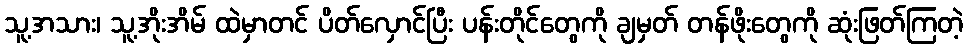
သူ့အသား၊ သူ့အိုးအိမ် ထဲမှာတင် ပိတ်လှောင်ပြီး ပန်းတိုင်တွေကို ချမှတ် တန်ဖိုးတွေကို ဆုံးဖြတ်ကြတဲ့